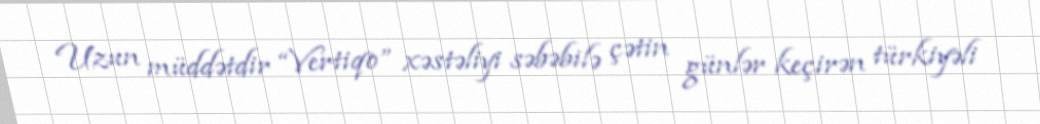
Uzun müddətdir “Vertiqo” xəstəliyi səbəbilə çətin günlər keçirən türkiyəli